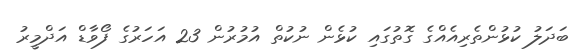
ބަދަލު ކުޅުންތެރިއެއްގެ ގޮތުގައި ކުޅެން ނުކުތް އުމުރުން 23 އަހަރުގެ ފޯވާޑް އަދްމީރު